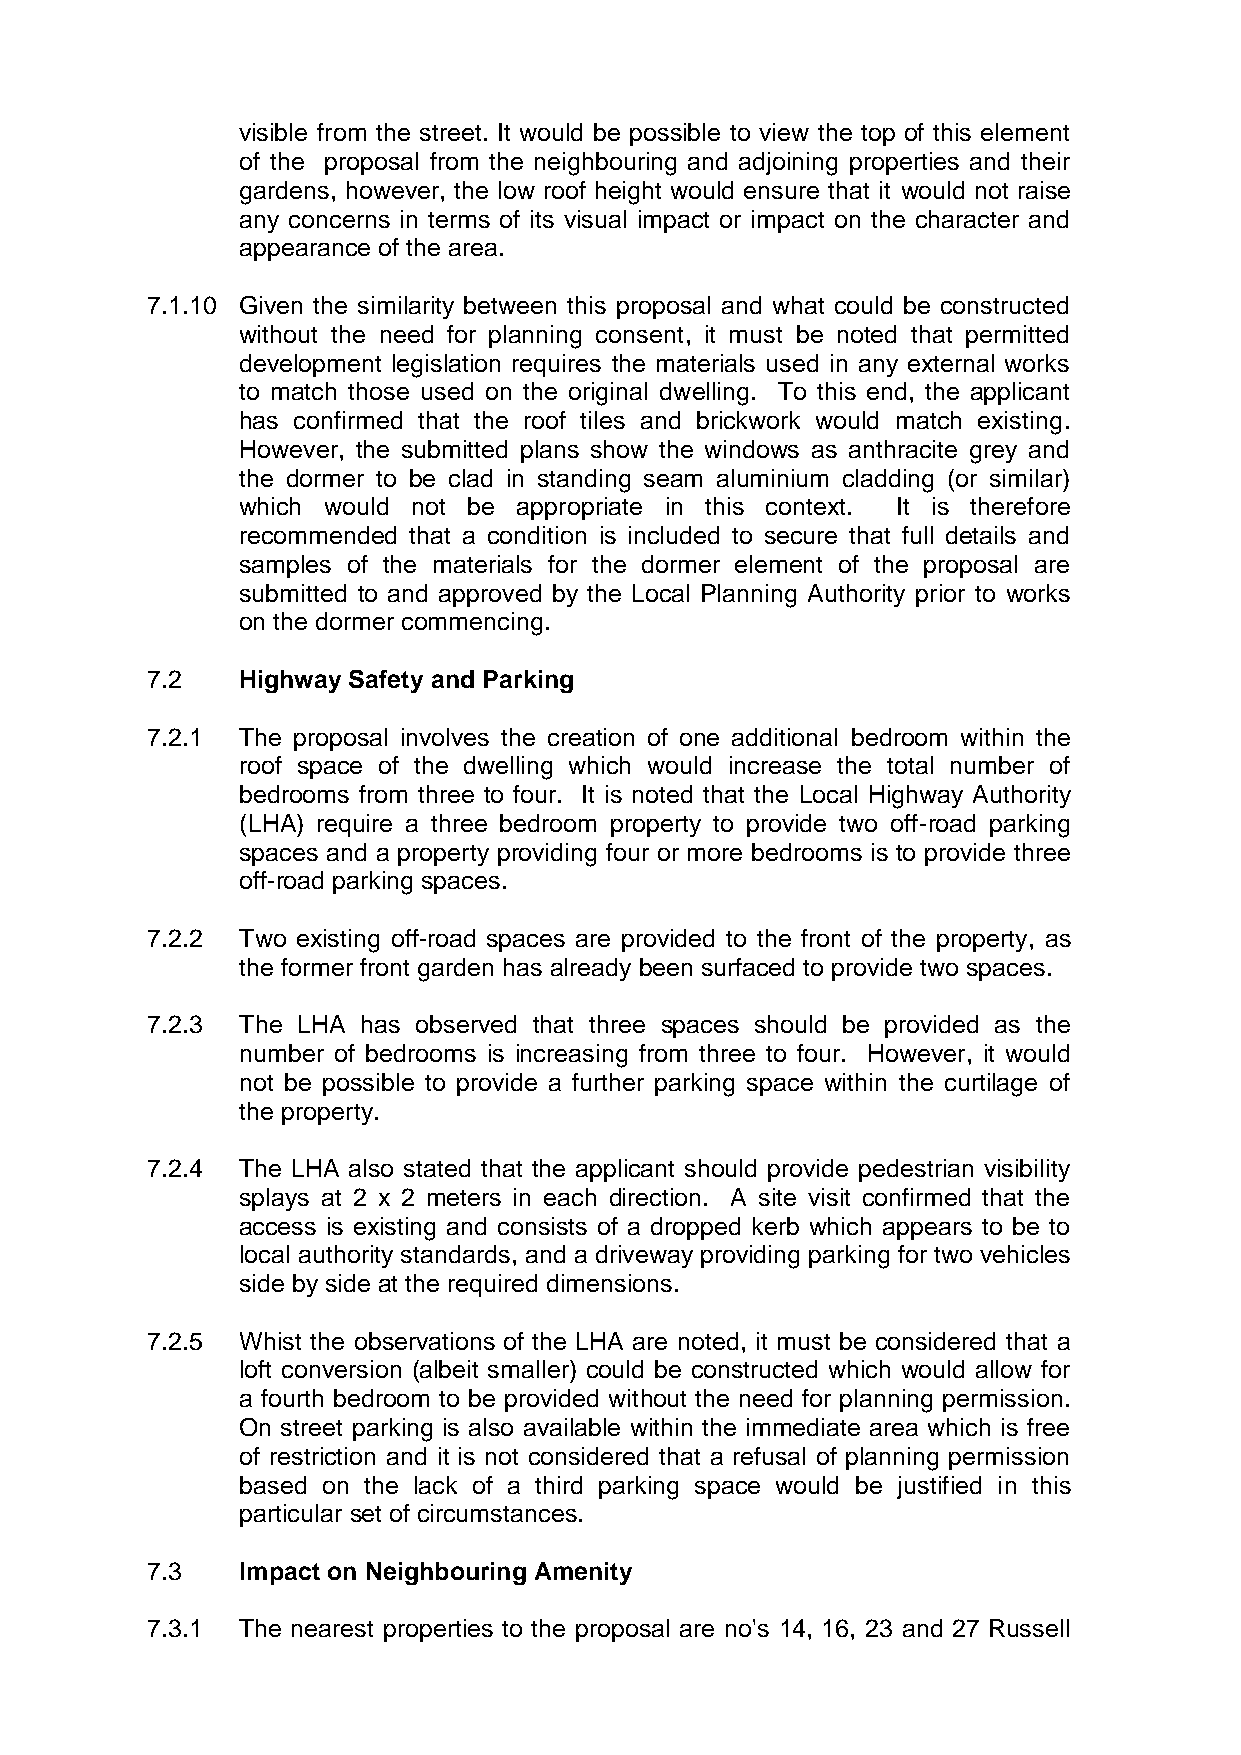
visible from the street. It would be possible to view the top of this element
 of the proposal from the neighbouring and adjoining properties and their
 gardens, however, the low roof height would ensure that it would not raise
 any concerns in terms of its visual impact or impact on the character and
 appearance of the area.
 7.1.10 Given the similarity between this proposal and what could be constructed
 without the need for planning consent, it must be noted that permitted
 development legislation requires the materials used in any external works
 to match those used on the original dwelling. To this end, the applicant
 has confirmed that the roof tiles and brickwork would match existing.
 However, the submitted plans show the windows as anthracite grey and
 the dormer to be clad in standing seam aluminium cladding (or similar)
 which would not be appropriate in this context. It is therefore
 recommended that a condition is included to secure that full details and
 samples of the materials for the dormer element of the proposal are
 submitted to and approved by the Local Planning Authority prior to works
 on the dormer commencing.
 7.2   Highway Safety and Parking
 7.2.1 The proposal involves the creation of one additional bedroom within the
 roof space of the dwelling which would increase the total number of
 bedrooms from three to four. It is noted that the Local Highway Authority
 (LHA) require a three bedroom property to provide two off-road parking
 spaces and a property providing four or more bedrooms is to provide three
 off-road parking spaces.
 7.2.2 Two existing off-road spaces are provided to the front of the property, as
 the former front garden has already been surfaced to provide two spaces.
 7.2.3 The LHA has observed that three spaces should be provided as the
 number of bedrooms is increasing from three to four. However, it would
 not be possible to provide a further parking space within the curtilage of
 the property.
 7.2.4 The LHA also stated that the applicant should provide pedestrian visibility
 splays at 2 x 2 meters in each direction. A site visit confirmed that the
 access is existing and consists of a dropped kerb which appears to be to
 local authority standards, and a driveway providing parking for two vehicles
 side by side at the required dimensions.
 7.2.5 Whist the observations of the LHA are noted, it must be considered that a
 loft conversion (albeit smaller) could be constructed which would allow for
 a fourth bedroom to be provided without the need for planning permission.
 On street parking is also available within the immediate area which is free
 of restriction and it is not considered that a refusal of planning permission
 based on the lack of a third parking space would be justified in this
 particular set of circumstances.
 7.3   Impact on Neighbouring Amenity
 7.3.1 The nearest properties to the proposal are no's 14, 16, 23 and 27 Russell